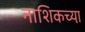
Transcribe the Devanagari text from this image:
नाशिकच्या़